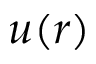
u ( r )